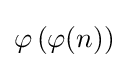
\varphi \left(\varphi (n)\right)